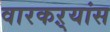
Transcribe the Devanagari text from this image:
वारकऱ्यांस